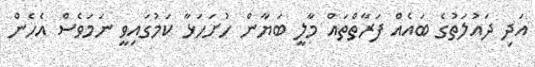
އަދި ދައުލަތުގެ ބައެއް ފަރާތްތައް މާލީ ބަޔާން ހުށަހަޅާ ކަމުގައިވީ ނަމަވެސް އެހެން